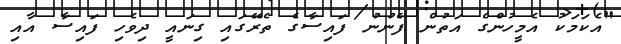
"އެކަމަކު އެމީހުންގެ އަތުން ފެނުނު ފައިސާގެ ތެރޭގައި ގިނައީ ދިވެހި ފައިސާ އާއި